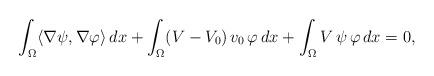
LaTeX: \begin{align*}\int_\Omega\langle\nabla\psi,\nabla\varphi\rangle\,dx+\int_\Omega (V-V_0)\,v_0\,\varphi\,dx+\int_\Omega V\,\psi\,\varphi\,dx=0,\end{align*}